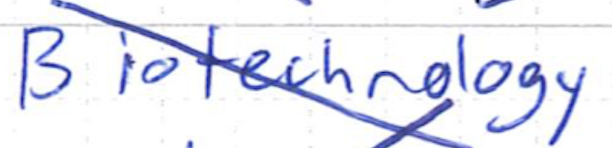
Text: Biotechnology
Cross-out: diagonal
Writing tool: ballpoint